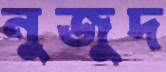
নুজুদ